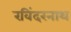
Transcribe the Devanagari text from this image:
रविंदरनाथ